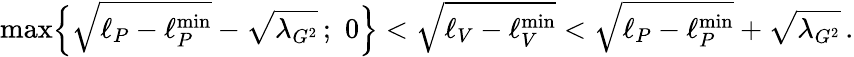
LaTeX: \mathrm{max}\Big\{ \sqrt{\ell_{P}-\ell_{P}^{\mathrm{min}}}-\sqrt{\lambda_{G^{2}}}\, ;\, \, 0\Big\} <\sqrt{\ell_{V}-\ell_{V}^{\mathrm{min}}}<\sqrt{\ell_{P}-\ell_{P}^{\mathrm{min}}}+\sqrt{\lambda_{G^{2}}}\, .